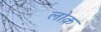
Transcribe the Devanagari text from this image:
लोक़